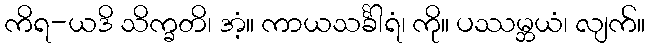
ကိရ-ယဒိ သိက္ခတိ၊ အံ့။ ကာယသင်္ခါရံ၊ ကို။ ပဿမ္ဘယံ၊ လျက်။